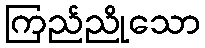
ကြည်ညိုသော